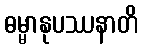
ဓမ္မာနုပဿနာတိ